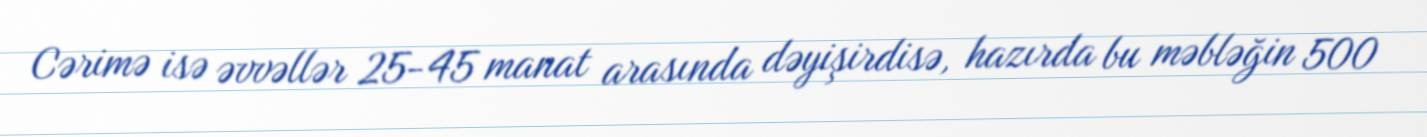
Cərimə isə əvvəllər 25-45 manat arasında dəyişirdisə, hazırda bu məbləğin 500